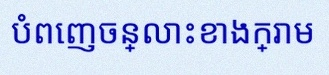
បំពេញចន្លោះខាងក្រោម